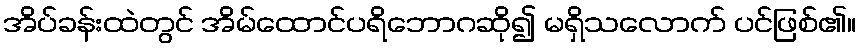
အိပ်ခန်းထဲတွင် အိမ်ထောင်ပရိဘောဂဆို၍ မရှိသလောက် ပင်ဖြစ်၏။